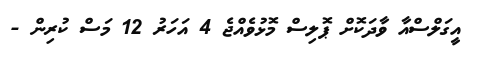
އީގަލްސްއާ ވާދަކޮށް ޕޮލިސް މޮޅުވެއްޖެ 4 އަހަރު 12 މަސް ކުރިން -